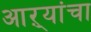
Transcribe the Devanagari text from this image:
आऱ्यांचा